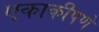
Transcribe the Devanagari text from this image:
एकाकीपणे